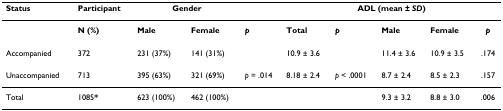
<table><thead><tr><td><b>Status</b></td><td><b>Participant</b></td><td colspan="2"><b>Gender</b></td><td></td><td colspan="5"><b>ADL (mean ± <i>SD</i>)</b></td></tr></thead><tbody><tr><td></td><td><b>N (%)</b></td><td><b>Male</b></td><td><b>Female</b></td><td><b><i>p</i></b></td><td><b>Total</b></td><td><b><i>p</i></b></td><td><b>Male</b></td><td><b>Female</b></td><td><b><i>p</i></b></td></tr><tr><td>Accompanied</td><td>372</td><td>231 (37%)</td><td>141 (31%)</td><td></td><td>10.9 ± 3.6</td><td></td><td>11.4 ± 3.6</td><td>10.9 ± 3.5</td><td>.174</td></tr><tr><td>Unaccompanied</td><td>713</td><td>395 (63%)</td><td>321 (69%)</td><td><i>p </i>= .014</td><td>8.18 ± 2.4</td><td><i>p </i>&lt; .0001</td><td>8.7 ± 2.4</td><td>8.5 ± 2.3</td><td>.157</td></tr><tr><td>Total</td><td>1085<b>*</b></td><td>623 (100%)</td><td>462 (100%)</td><td></td><td></td><td></td><td>9.3 ± 3.2</td><td>8.8 ± 3.0</td><td>.006</td></tr></tbody></table>